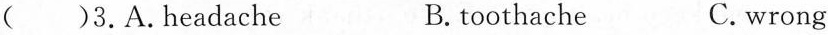
( )3.A.headache B.toothache C.wrong